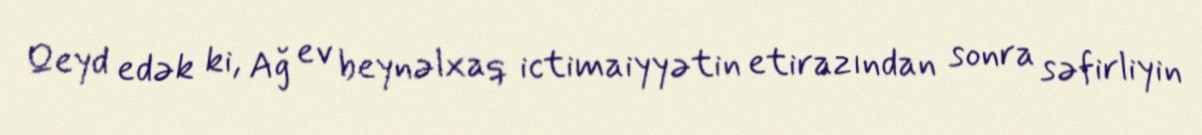
Qeyd edək ki, Ağ ev beynəlxaq ictimaiyyətin etirazından sonra səfirliyin